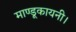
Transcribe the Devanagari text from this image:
माण्डूकायनी।